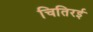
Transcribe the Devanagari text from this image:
चितिरई